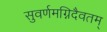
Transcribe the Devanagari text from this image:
सुवर्णमग्निदैवतम्